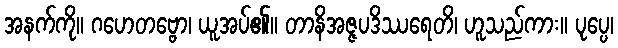
အနက်ကို။ ဂဟေတဗ္ဗော၊ ယူအပ်၏။ တာနိအဇ္ဇပဒိဿရေတိ၊ ဟူသည်ကား။ ပုပ္ပေ၊